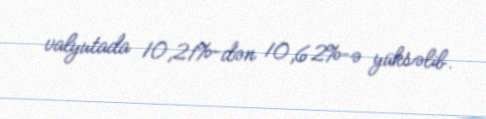
valyutada 10,21%-dən 10,62%-ə yüksəlib.